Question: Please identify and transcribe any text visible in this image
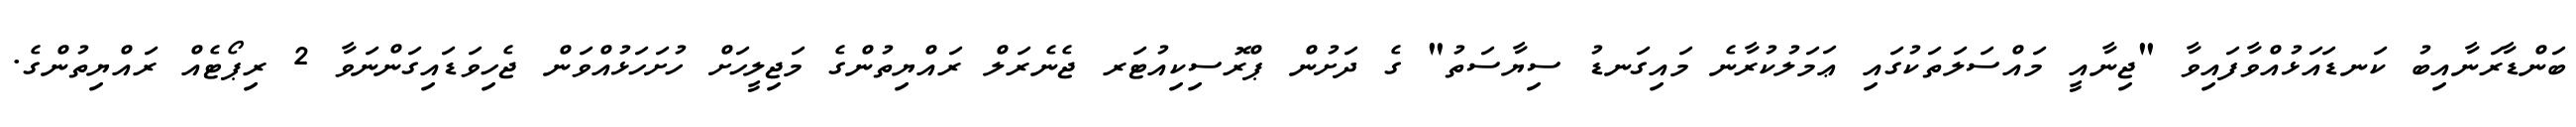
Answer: ބަންޑާރަނާއިބު ކަނޑައަޅުއްވާފައިވާ "ޖިނާއީ މައްސަލަތަކުގައި ޢަމަލުކުރާނެ މައިގަނޑު ސިޔާސަތު" ގެ ދަށުން ޕްރޮސިކިއުޓަރ ޖެނެރަލް ރައްޔިތުންގެ މަޖިލީހަށް ހުށަހަޅުއްވަން ޖެހިވަޑައިގަންނަވާ 2 ރިޕޯޓެއް ރައްޔިތުންގެ.